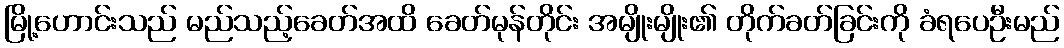
မြို့ဟောင်းသည် မည်သည့်ခေတ်အထိ ခေတ်မုန်တိုင်း အမျိုးမျိုး၏ တိုက်ခတ်ခြင်းကို ခံရပေဦးမည်